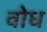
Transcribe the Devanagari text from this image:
वोध